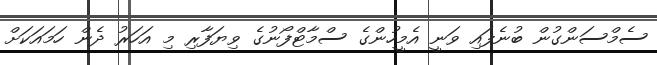
ސެމްސަންގުން ބުނެފައި ވަނީ އެމީހުންގެ ސްމާޓްފޯނުގެ ވިޔަފާރި މި އަހަރު ދެން ހަމައަކަށް